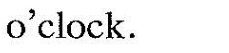
o'clock.